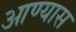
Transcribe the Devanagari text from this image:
आण्यास